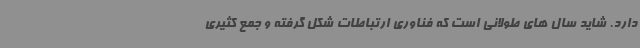
دارد. شاید سال های طولانی است که فناوری ارتباطات شکل گرفته و جمع کثیری